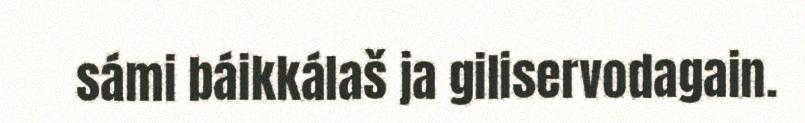
sámi báikkálaš ja giliservodagain.